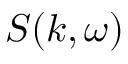
S ( k , \omega )